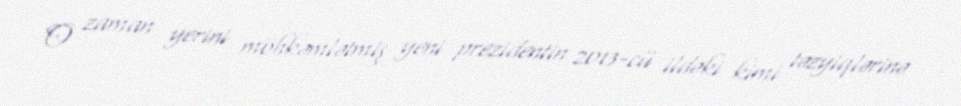
O zaman yerini möhkəmlətmiş yeni prezidentin 2013-cü ildəki kimi təzyiqlərinə